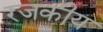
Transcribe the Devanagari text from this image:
रजकीय